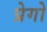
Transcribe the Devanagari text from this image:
प्रेगो